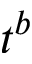
t ^ { b }